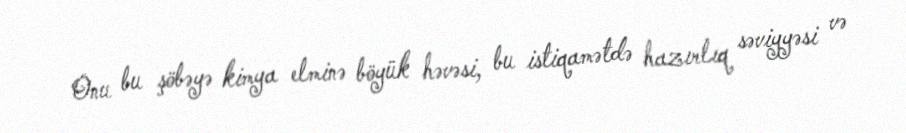
Onu bu şöbəyə kimya elminə böyük həvəsi, bu istiqamətdə hazırlıq səviyyəsi və